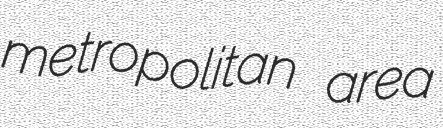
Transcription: metropolitan area